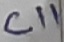
Text: C11